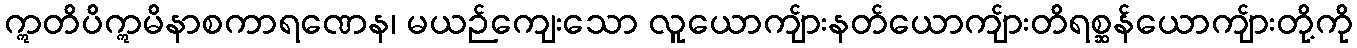
ဣတိပိဣမိနာစကာရဏေန၊ မယဉ်ကျေးသော လူယောကျ်ားနတ်ယောကျ်ားတိရစ္ဆန်ယောကျ်ားတို့ကို